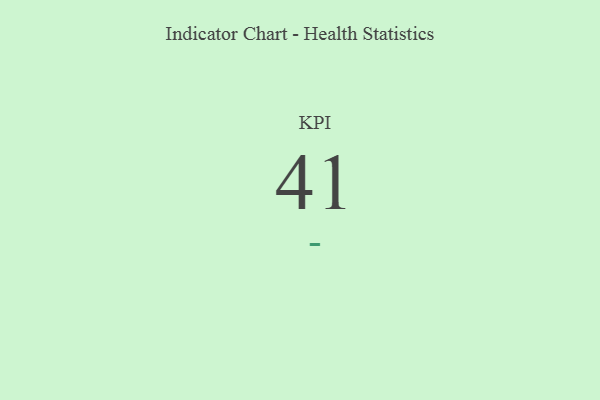
{"axis": {"x": "KPI", "y": "Value"}, "legend": [""], "data": [{"x": "KPI", "y": 41, "type": ""}]}